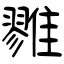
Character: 雡